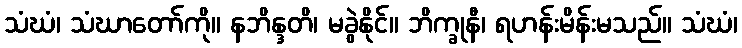
သံဃံ၊ သံဃာတော်ကို။ နဘိန္ဒတိ၊ မခွဲနိုင်။ ဘိက္ခုနီ၊ ရဟန်းမိန်းမသည်။ သံဃံ၊